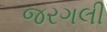
જરગલી